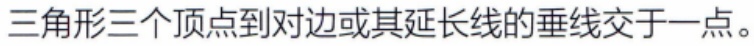
三角形三个顶点到对边或其延长线的垂线交于一点。